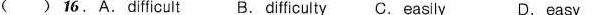
( ) 16.A.Difficult B. Difficulty C. Easily D.easy